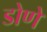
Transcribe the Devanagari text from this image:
डोणे